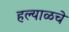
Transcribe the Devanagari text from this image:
हल्याळचे